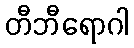
တီဘီရောဂါ